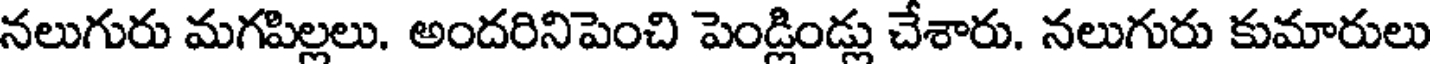
నలుగురు మగపిల్లలు. అందరినిపెంచి పెండ్లిండ్లు చేశారు. నలుగురు కుమారులు